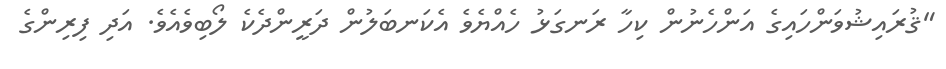
"ޤުރައިޝުވަންހައިގެ އަންހެނުން ކިހާ ރަނގަޅު ހެއްޔެވެ އެކަނބަލުން ދަރީންދެކެ ލޯބިވެއެވެ. އަދި ފިރިންގެ